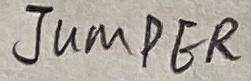
Text: JUMPER